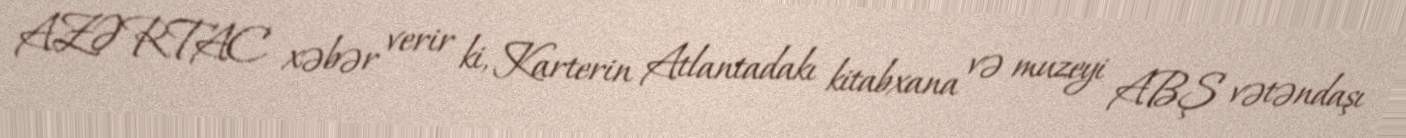
AZƏRTAC xəbər verir ki, Karterin Atlantadakı kitabxana və muzeyi ABŞ vətəndaşı